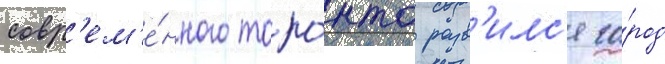
совр'ем'е́нного торо́нто разв'илс'я го́род